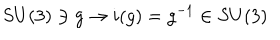
LaTeX: S U ( 3 ) \ni g \rightarrow i ( g ) = g ^ { - 1 } \in S U ( 3 )